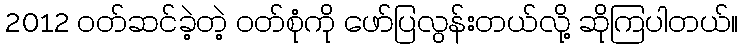
2012 ဝတ်ဆင်ခဲ့တဲ့ ဝတ်စုံကို ဖော်ပြလွန်းတယ်လို့ ဆိုကြပါတယ်။